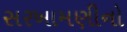
સરખામણીનો